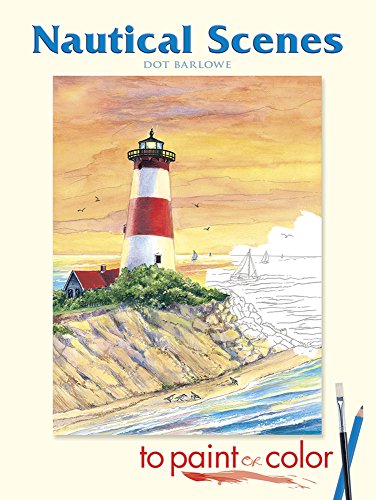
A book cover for Nautical Scenes to Paint or Color (Dover Art Coloring Book); Dot Barlowe; Arts & Photography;